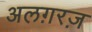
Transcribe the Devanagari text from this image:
अलग़रज़